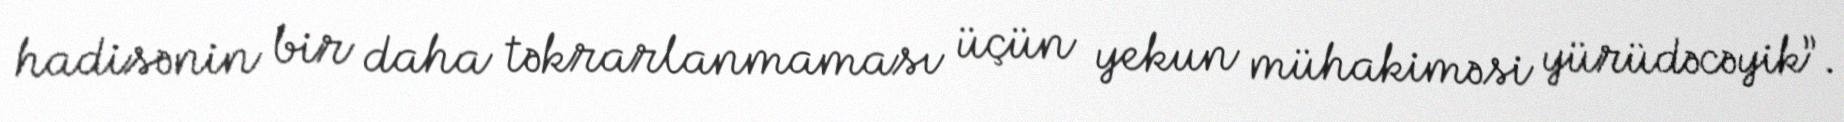
hadisənin bir daha təkrarlanmaması üçün yekun mühakiməsi yürüdəcəyik”.